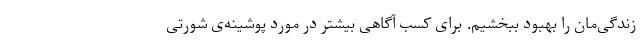
زندگی‌مان را بهبود ببخشیم. برای کسب آگاهی بیشتر در مورد پوشینه‌ی شورتی